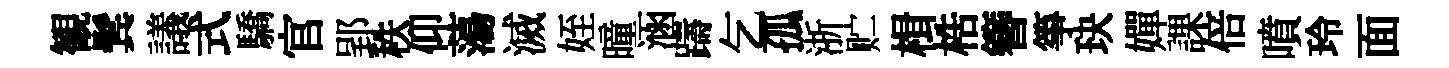
観鬂議式驕官郢秩仰蕩滅姪曈涵躊乞孤浙贮楫梏簪箏玦嬋課倍噴玲面